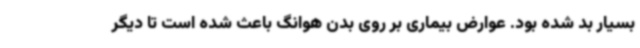
بسیار بد شده بود. عوارض بیماری بر روی بدن هوانگ باعث شده است تا دیگر